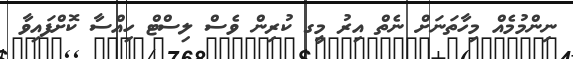
ނިންމުމެއް މިހާތަނަށް ނެތް އިރު މީގ ކުރިން ވެސް ލިސްޓް ހިއްސާ ކޮށްފައިވާ